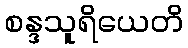
စန္ဒသူရိယေတိ